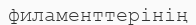
филаменттерінің